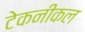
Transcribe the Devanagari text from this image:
टेकनीकल